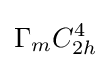
\Gamma _{m}C_{2h}^{4}